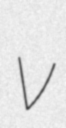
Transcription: v